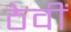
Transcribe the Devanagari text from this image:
ठेवीं